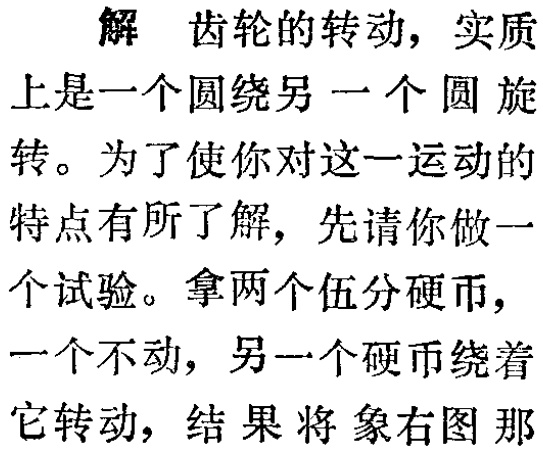
解 齿轮的转动, 实质

上是一个圆绕另一个圆旋

转。为了使你对这一运动的

特点有所了解, 先请你做一

个试验。拿两个伍分硬币,

一个不动, 另一个硬币绕着

它转动, 结果将象右图那